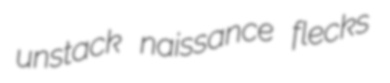
unstack naissance flecks